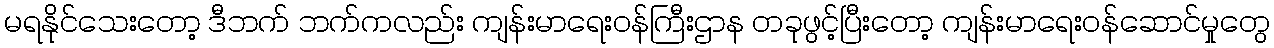
မရနိုင်သေးတော့ ဒီဘက် ဘက်ကလည်း ကျန်းမာရေးဝန်ကြီးဌာန တခုဖွင့်ပြီးတော့ ကျန်းမာရေးဝန်ဆောင်မှုတွေ